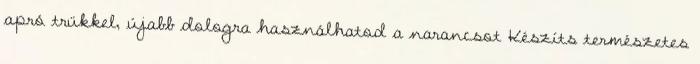
apró trükkel, újabb dologra használhatod a narancsot Készíts természetes